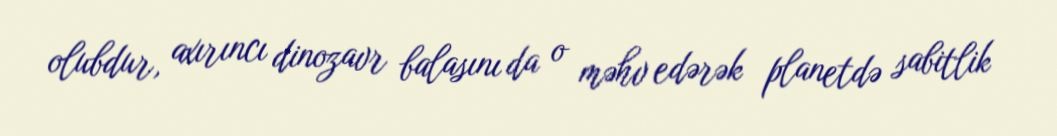
olubdur, axırıncı dinozavr balasını da o məhv edərək planetdə sabitlik